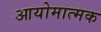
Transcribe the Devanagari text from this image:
आयोमात्मक